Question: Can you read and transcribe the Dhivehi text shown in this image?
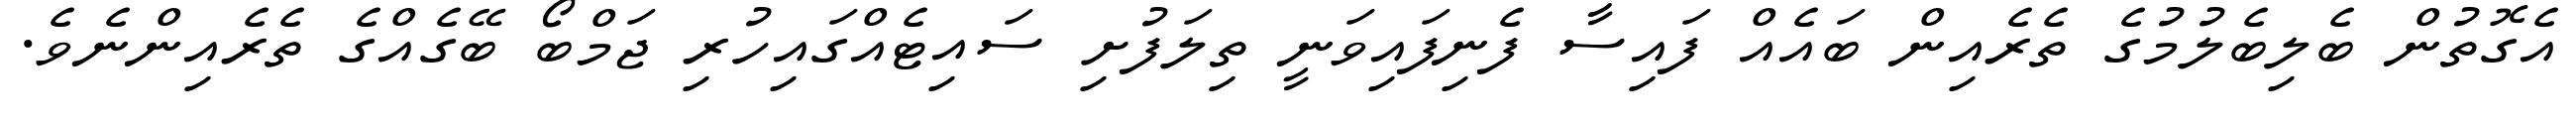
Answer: އެގޮތުން ބެލިބެލުމުގެ ތެރެއިން ބައެއް ފައިސާ ފެނިފައިވަނީ ތިލަފުށި ސައިޓެއްގައިހުރި ޖަމްބޯ ބޭގެއްގެ ތެރެއިންނެވެ.